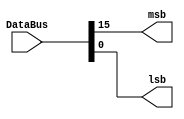
module BitExtract (
    input [15:0] DataBus,
    output msb, lsb
);
    assign msb = DataBus[15];
    assign lsb = DataBus[0];
endmodule